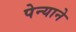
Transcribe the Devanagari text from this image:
पेन्याने